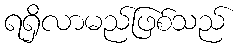
ရရှိလာမည်ဖြစ်သည်